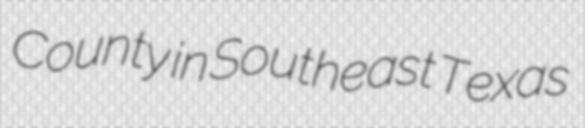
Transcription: County in Southeast Texas